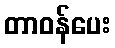
တာဝန်ပေး